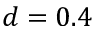
d = 0 . 4